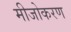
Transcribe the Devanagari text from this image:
मीजोकरण